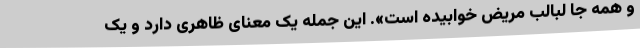
و همه جا لبالب مریض خوابیده است». این جمله یک معنای ظاهری دارد و یک